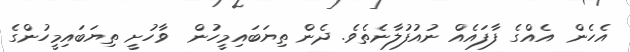
އެހެން  އެއްގެ ފާފައެއް ނުއުފުލާނެތެވެ. ދެން ތިޔަބައިމީހުން  ވާހުށީ ތިޔަބައިމީހުންގެ